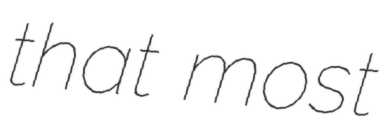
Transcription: that most